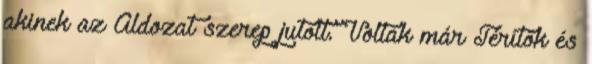
akinek az Áldozat szerep jutott. Voltak már Térítők és